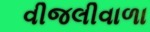
વીજલીવાળા